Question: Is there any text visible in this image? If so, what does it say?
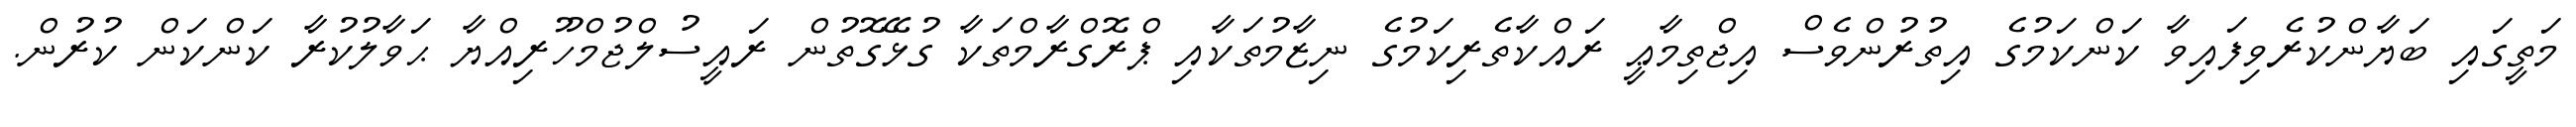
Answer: މަތީގައި ބަޔާންކުރެވިފައިވާ ކަންކަމުގެ އިތުރުންވެސް އިޖްތިމާޢީ ރައްކާތެރިކަމުގެ ނިޒާމުތަކާއި ޕްރޮގްރާމްތަކާ ގުޅޭގޮތުން ރައީސުލްޖުމްހޫރިއްޔާ ޙަވާލުކުރާ ކަންކަން ކުރުން.